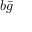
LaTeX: b { \bar { g } }